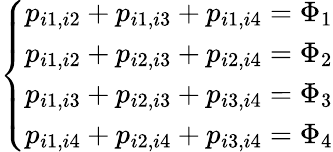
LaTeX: \left\{ \begin{array}{ll}{p_{i1,i2}+p_{i1,i3}+p_{i1,i4}=\Phi_{1}}\\ {p_{i1,i2}+p_{i2,i3}+p_{i2,i4}=\Phi_{2}}\\ {p_{i1,i3}+p_{i2,i3}+p_{i3,i4}=\Phi_{3}}\\ {p_{i1,i4}+p_{i2,i4}+p_{i3,i4}=\Phi_{4}}\end{array}\right.